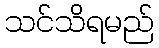
သင်သိရမည်